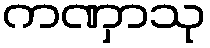
ကဏှာသု